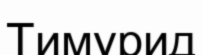
Тимурид